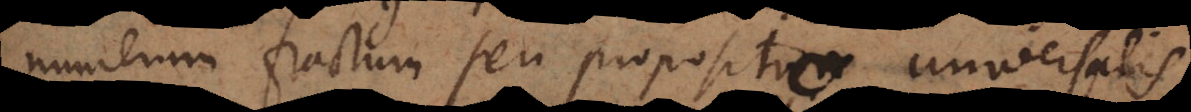
numerum fractum seu [propositum propositi